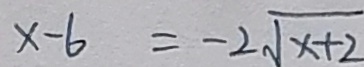
x - 6 = - 2 \sqrt { x + 2 }